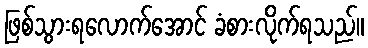
ဖြစ်သွားရလောက်အောင် ခံစားလိုက်ရသည်။